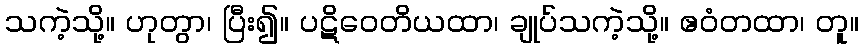
သကဲ့သို့။ ဟုတွာ၊ ပြီး၍။ ပဋိဝေတိယထာ၊ ချုပ်သကဲ့သို့။ ဧဝံတထာ၊ တူ။